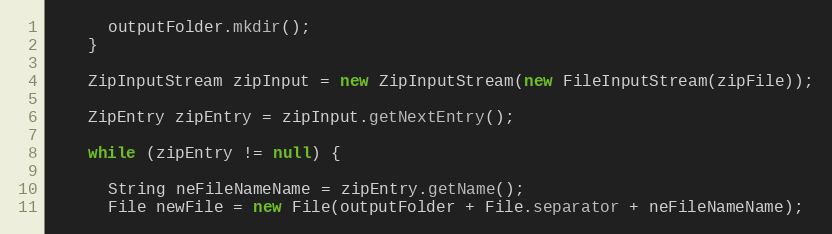
Language: Java
      outputFolder.mkdir();
    }

    ZipInputStream zipInput = new ZipInputStream(new FileInputStream(zipFile));

    ZipEntry zipEntry = zipInput.getNextEntry();

    while (zipEntry != null) {

      String neFileNameName = zipEntry.getName();
      File newFile = new File(outputFolder + File.separator + neFileNameName);